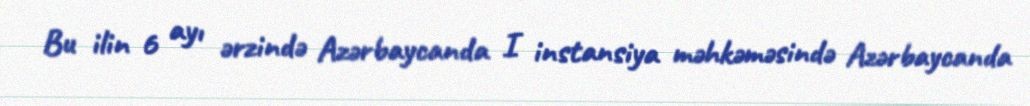
Bu ilin 6 ayı ərzində Azərbaycanda I instansiya məhkəməsində Azərbaycanda